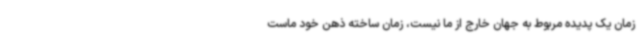
زمان یک‌ پدیده مربوط به جهان خارج از ما نیست، زمان ساخته ذهن خود ماست